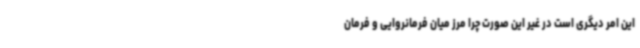
این امر دیگری است در غیر این صورت چرا مرز میان فرمانروایی و فرمان